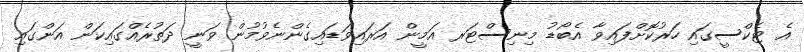
އެ ޓެކްސީގައި ހަރުކޮށްފައިވާ އެބޯޑު މިނިސްޓަރ އަމީން އަރައިވަޑައިގެންނެވުމުން ވަނީ ދަތުރެއްގައިކަން އަންގައި